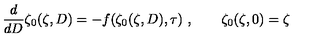
{ \frac { d } { d D } } \zeta _ { 0 } ( \zeta , D ) = - f ( \zeta _ { 0 } ( \zeta , D ) , \tau ) \ , \qquad \zeta _ { 0 } ( \zeta , 0 ) = \zeta